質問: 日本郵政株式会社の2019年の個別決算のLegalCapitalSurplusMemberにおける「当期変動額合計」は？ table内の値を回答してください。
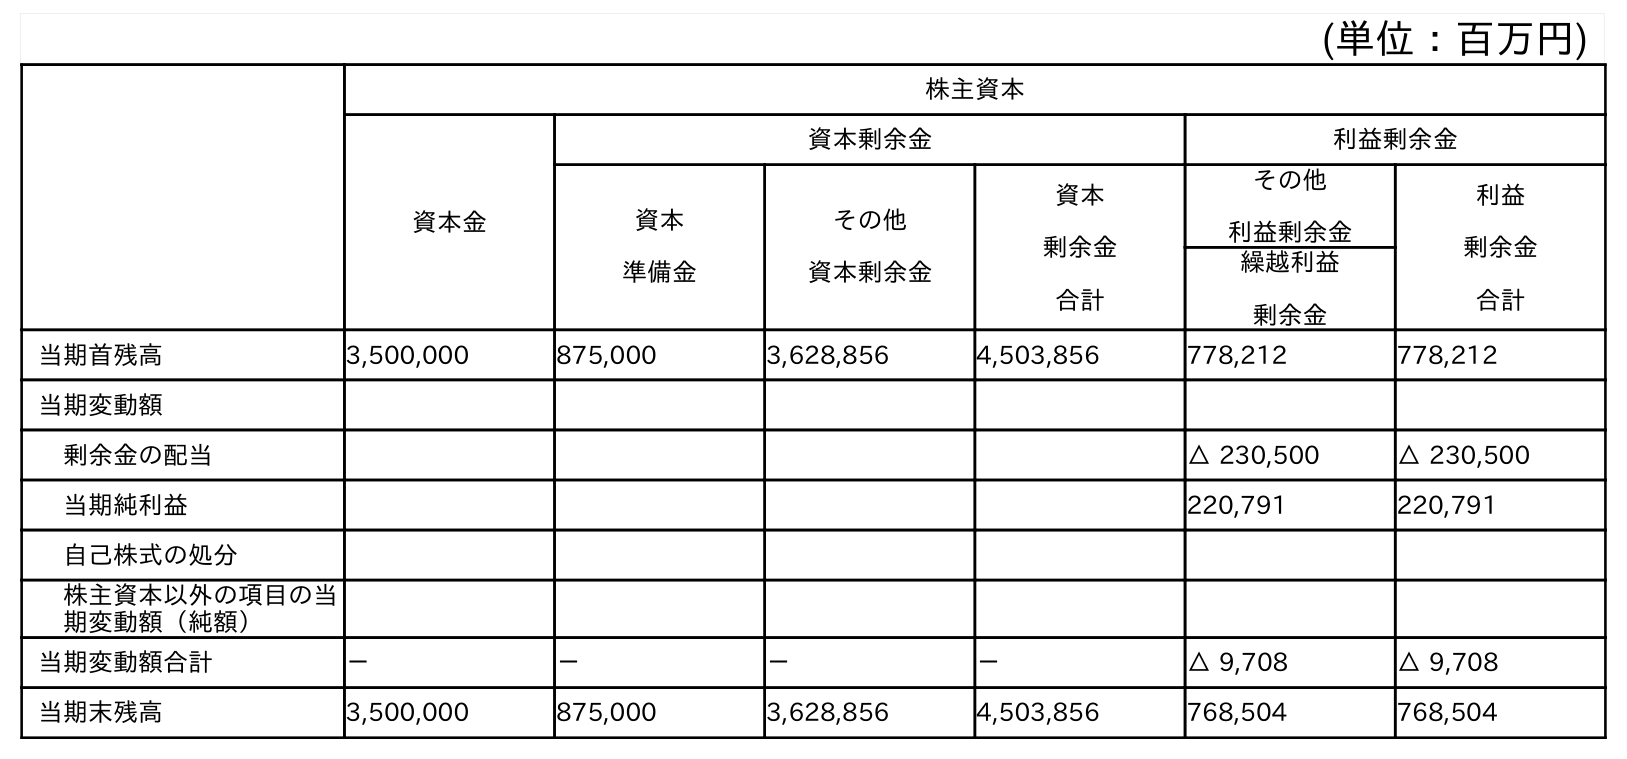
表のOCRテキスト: (単位：百万円) 株主資本 資本金 資本剰余金 利益剰余金 資本 準備金 その他 資本剰余金 資本 剰余金 合計 その他 利益剰余金 利益 剰余金 合計 繰越利益 剰余金 当期首残高 3,500,000 875,000 3,628,856 4,503,856 778,212 778,212 当期変動額 剰余金の配当 △ 230,500 △ 230,500 当期純利益 220,791 220,791 自己株式の処分 株主資本以外の項目の当 期変動額（純額） 当期変動額合計 － － － － △ 9,708 △ 9,708 当期末残高 3,500,000 875,000 3,628,856 4,503,856 768,504 768,504
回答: －